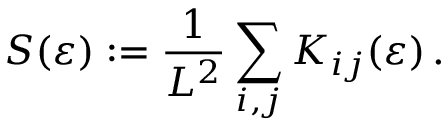
S ( \varepsilon ) : = \frac { 1 } { L ^ { 2 } } \sum _ { i , j } K _ { i j } ( \varepsilon ) \, .